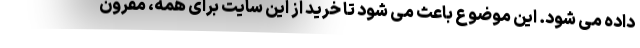
داده می شود. این موضوع باعث می شود تا خرید از این سایت برای همه، مقرون